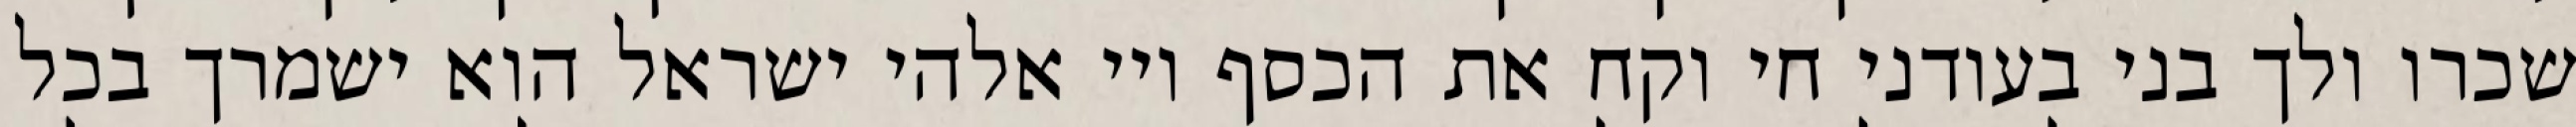
שכרו ולך בני בעודני חי וקח את הכסף ויי אלהי ישראל הוא ישמרך בכל